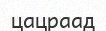
цацраад